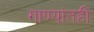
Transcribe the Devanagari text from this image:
गाण्यांतही